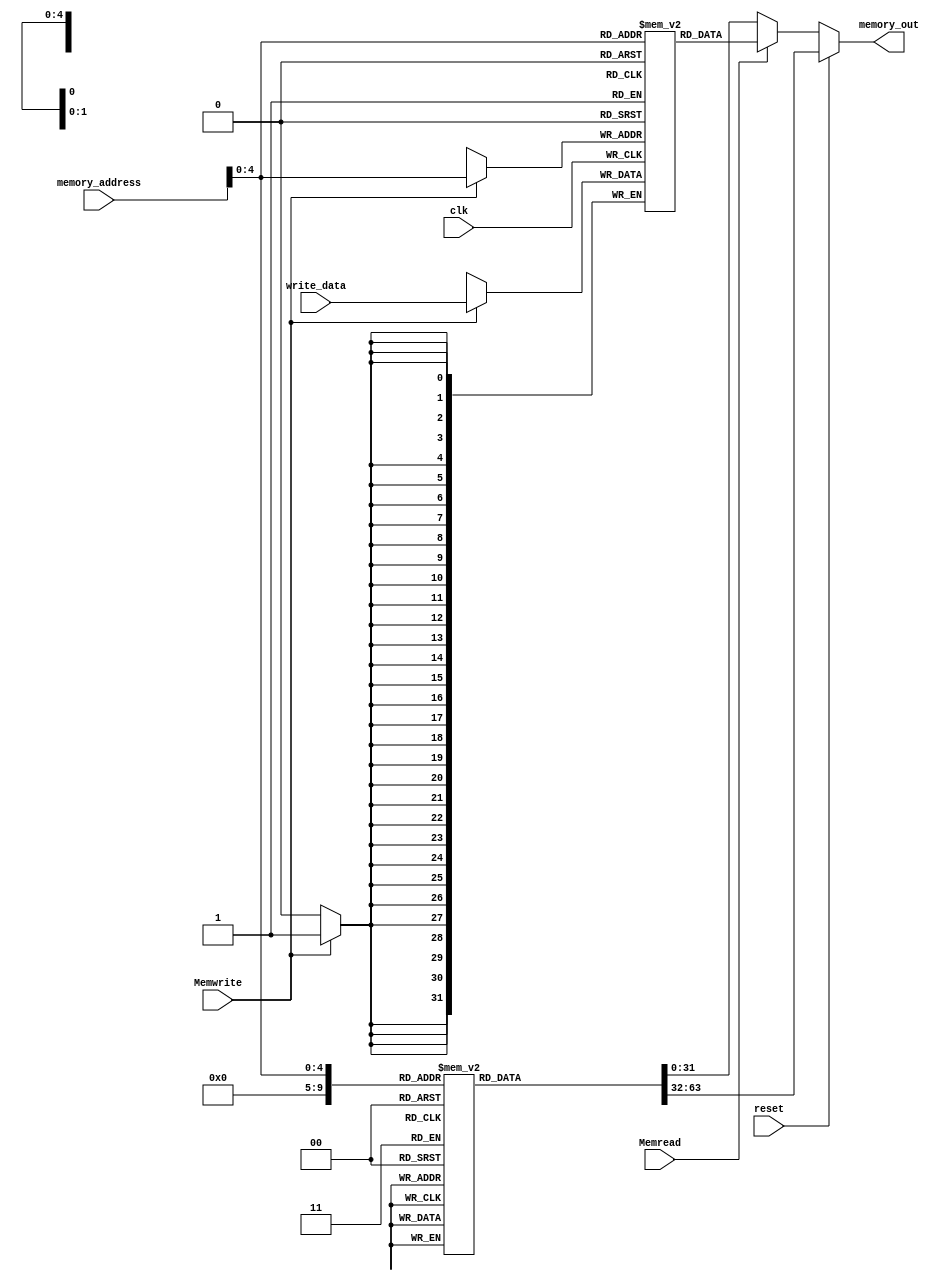
`timescale 1ns / 1ps
//////////////////////////////////////////////////////////////////////////////////
// Company: 
// Engineer: 
// 
// Design Name: 
// Module Name:    Memory 
// Project Name: 
// Target Devices: 
// Tool versions: 
// Description: 
//
// Dependencies: 
//
// Revision: 
// Revision 0.01 - File Created
// Additional Comments: 
//
//////////////////////////////////////////////////////////////////////////////////
module Memory #(parameter N=32)(clk,reset,memory_address,memory_out,write_data,Memwrite,Memread);
input clk,reset,Memwrite,Memread;
input[N-1:0] memory_address;
input [N-1:0] write_data;

output reg [N-1:0] memory_out;

reg [N-1:0] instruction_memory [0:N-1];
reg [N-1:0] data_memory[0:N-1];

 (* RAM_STYLE="BLOCK " *)
initial
begin
     // $readmemb("Instruction_mem.txt", instruction_memory);
		instruction_memory[0]=32'b000000_01001_01010_01000_00000_100000;    //ADD $t0, $t1, $t2
		instruction_memory[1]=32'b000000_01011_01100_01101_00000_100010;    //SUB $t3, $t4, $t5
		instruction_memory[2]=32'b000000_01111_10000_01110_00000_100100;   //MUL $t6, $t7, $t8
		instruction_memory[3]=32'b001000_01001_01000_00000_00000_001010;   //addi $t0, $t1, 10
		instruction_memory[4]=32'b000000_01001_01010_01000_00000_101010;   //slt $rd, $rs, $rt
		instruction_memory[5]=32'b000000_10001_10010_10000_00000_100100;    //AND $s0, $s1, $s2
		instruction_memory[6]=32'b000000_10011_10100_10101_00000_100101;    //OR $s3, $s4, $s5
		instruction_memory[7]=32'b001000_01001_01000_00000_00000_000010;   //addi $t0, $t1, 10
		instruction_memory[8]=32'b100011_01001_01000_00000_00000_000000;    //LW $t0, 0($t1)
		instruction_memory[9]=32'b101011_01101_01010_00000_00000_000100;    //SW $t2, 4($t3)end	instruction_memory[4]=32'b
		instruction_memory[10]=32'b000100_01110_01111_00000_00000_000000;    //BEQ $t4, $t5, label 
		instruction_memory[11]=32'b000010_00000_00000_00000_00000_000010;    //J target
end


always @(posedge clk)
begin   
   if(Memwrite)
	data_memory[memory_address]<=write_data;

end

always@ (*)
begin 
if(reset)
	  memory_out<=instruction_memory[0];
else if(Memread)
	memory_out<=data_memory[memory_address];
else
   memory_out <= instruction_memory[memory_address];

end

endmodule